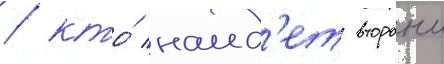
/ кто́ наид'ет второи